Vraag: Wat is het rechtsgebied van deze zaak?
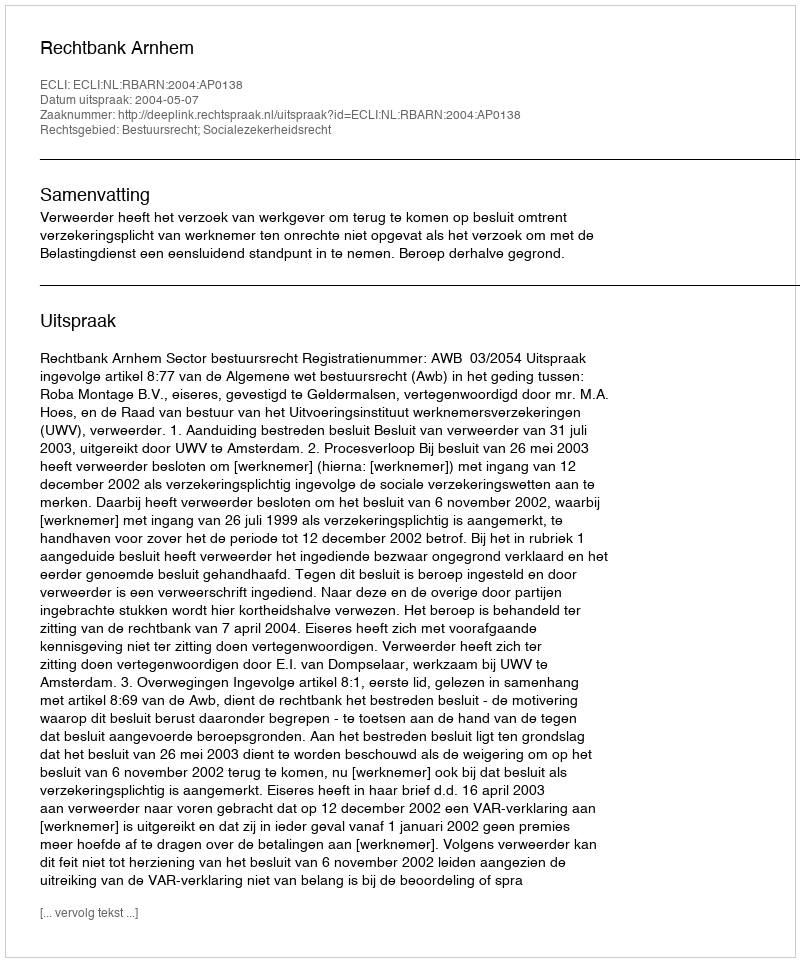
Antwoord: Bestuursrecht; Socialezekerheidsrecht